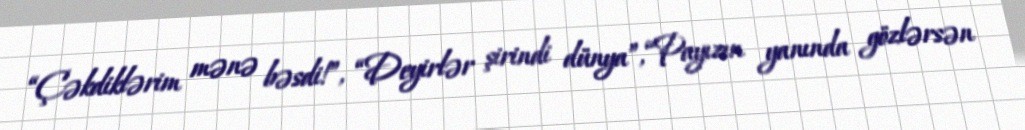
“Çəkdiklərim mənə bəsdi!”, “Deyirlər şirindi dünya”, “Payızın yanında gözlərsən